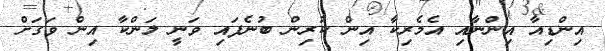
އިންޑިއާ އިންނާއި އެމެރިކާ އިން ކުރިން ބުނެފައި ވަނީ ލަންކާ އިން ވަގަށް